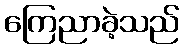
ကြေညာခဲ့သည်